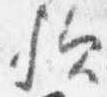
歟